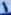
Text: 1